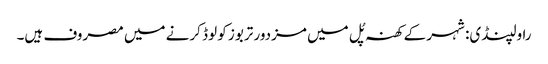
راولپنڈی: شہر کے کھنہ پُل میں مزدور تربوز کو لوڈ کرنے میں مصروف ہیں۔